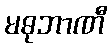
မဓုဘာဏီ